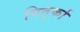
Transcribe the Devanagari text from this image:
पितुर्का